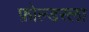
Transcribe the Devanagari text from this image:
फ़ोल्डरला